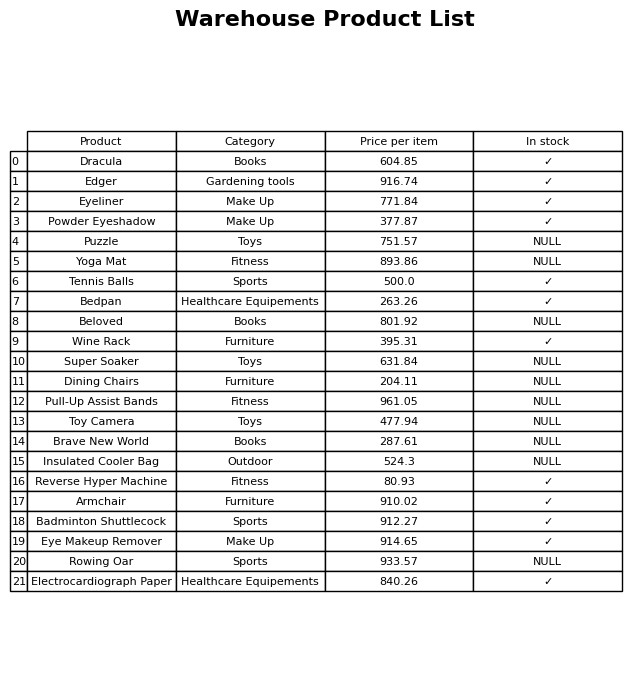
question: What is the price for Eye Makeup Remover?
answer: The price of Eye Makeup Remover is 914.65.